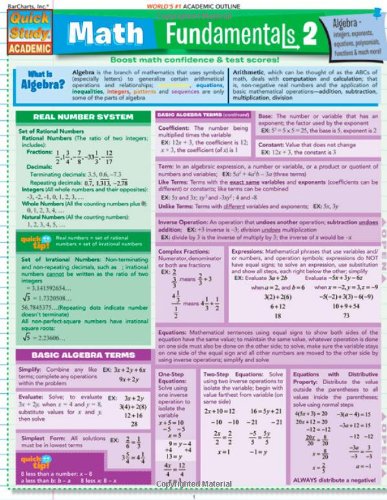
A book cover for Math Fundamentals 2 (Quickstudy: Academic); Inc. BarCharts; Science & Math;